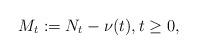
LaTeX: \begin{align*}M_t:=N_{t}-\nu(t), t \geq 0,\end{align*}